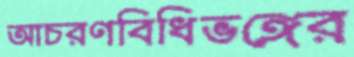
আচরণবিধিভঙ্গের